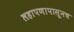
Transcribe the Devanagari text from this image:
लहापणापासूनच